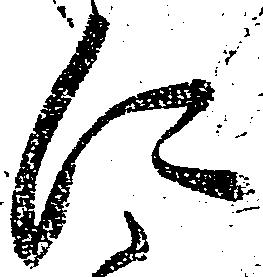
に